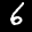
Label: 6